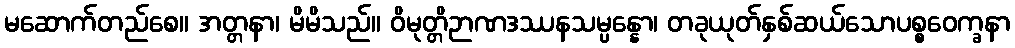
မဆောက်တည်စေ။ အတ္တနာ၊ မိမိသည်။ ဝိမုတ္တိဉာဏဒဿနသမ္ပန္နော၊ တခုယုတ်နှစ်ဆယ်သောပစ္စဝေက္ခနာ